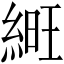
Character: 𦁽